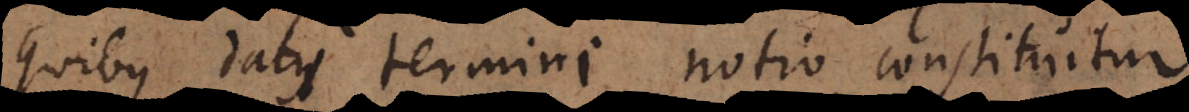
quibus dati termini notio constituitur